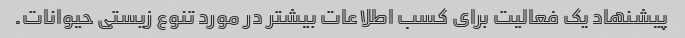
پیشنهاد یک فعالیت برای کسب اطلاعات بیشتر در مورد تنوع زیستی حیوانات.